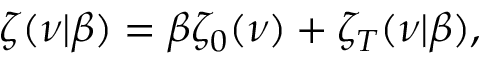
\zeta ( \nu | \beta ) = \beta \zeta _ { 0 } ( \nu ) + \zeta _ { T } ( \nu | \beta ) ,